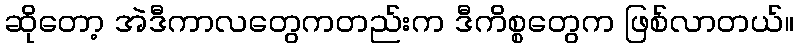
ဆိုတော့ အဲဒီကာလတွေကတည်းက ဒီကိစ္စတွေက ဖြစ်လာတယ်။